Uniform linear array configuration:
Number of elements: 32
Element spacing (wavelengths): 0.25
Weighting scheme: exponential
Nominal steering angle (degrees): -45
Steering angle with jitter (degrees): -45.367
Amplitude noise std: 0.05
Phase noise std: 0.05

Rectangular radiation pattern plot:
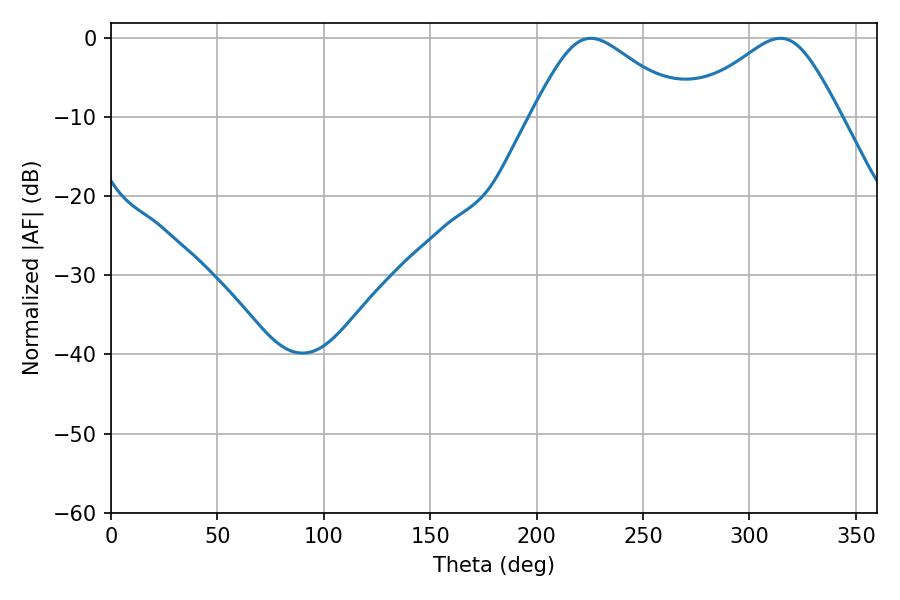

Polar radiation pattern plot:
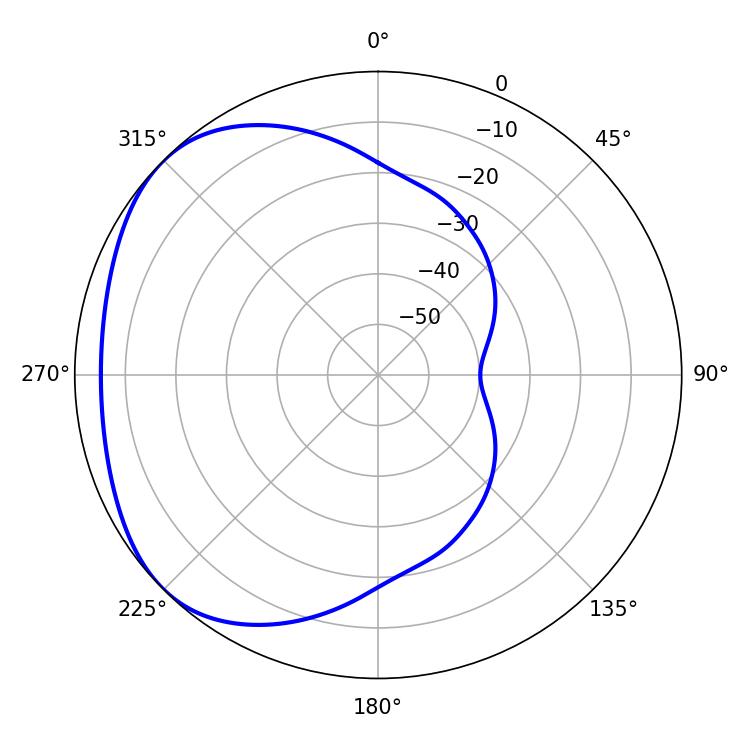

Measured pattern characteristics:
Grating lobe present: FALSE
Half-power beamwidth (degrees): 35.64
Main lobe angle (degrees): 225.36